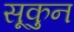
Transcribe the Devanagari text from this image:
सूकुन